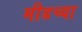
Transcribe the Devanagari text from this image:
मीडच्या